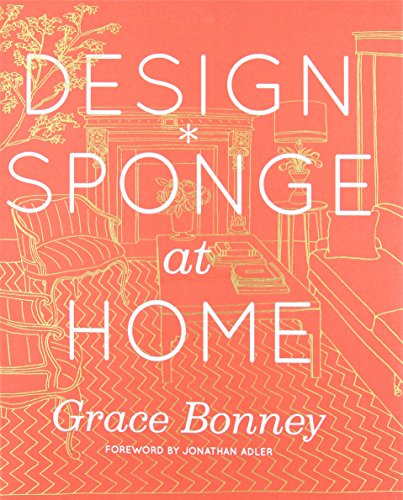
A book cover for Design*Sponge at Home; Grace Bonney; Arts & Photography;